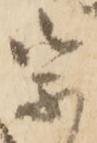
宗